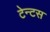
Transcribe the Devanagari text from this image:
टेन्टस